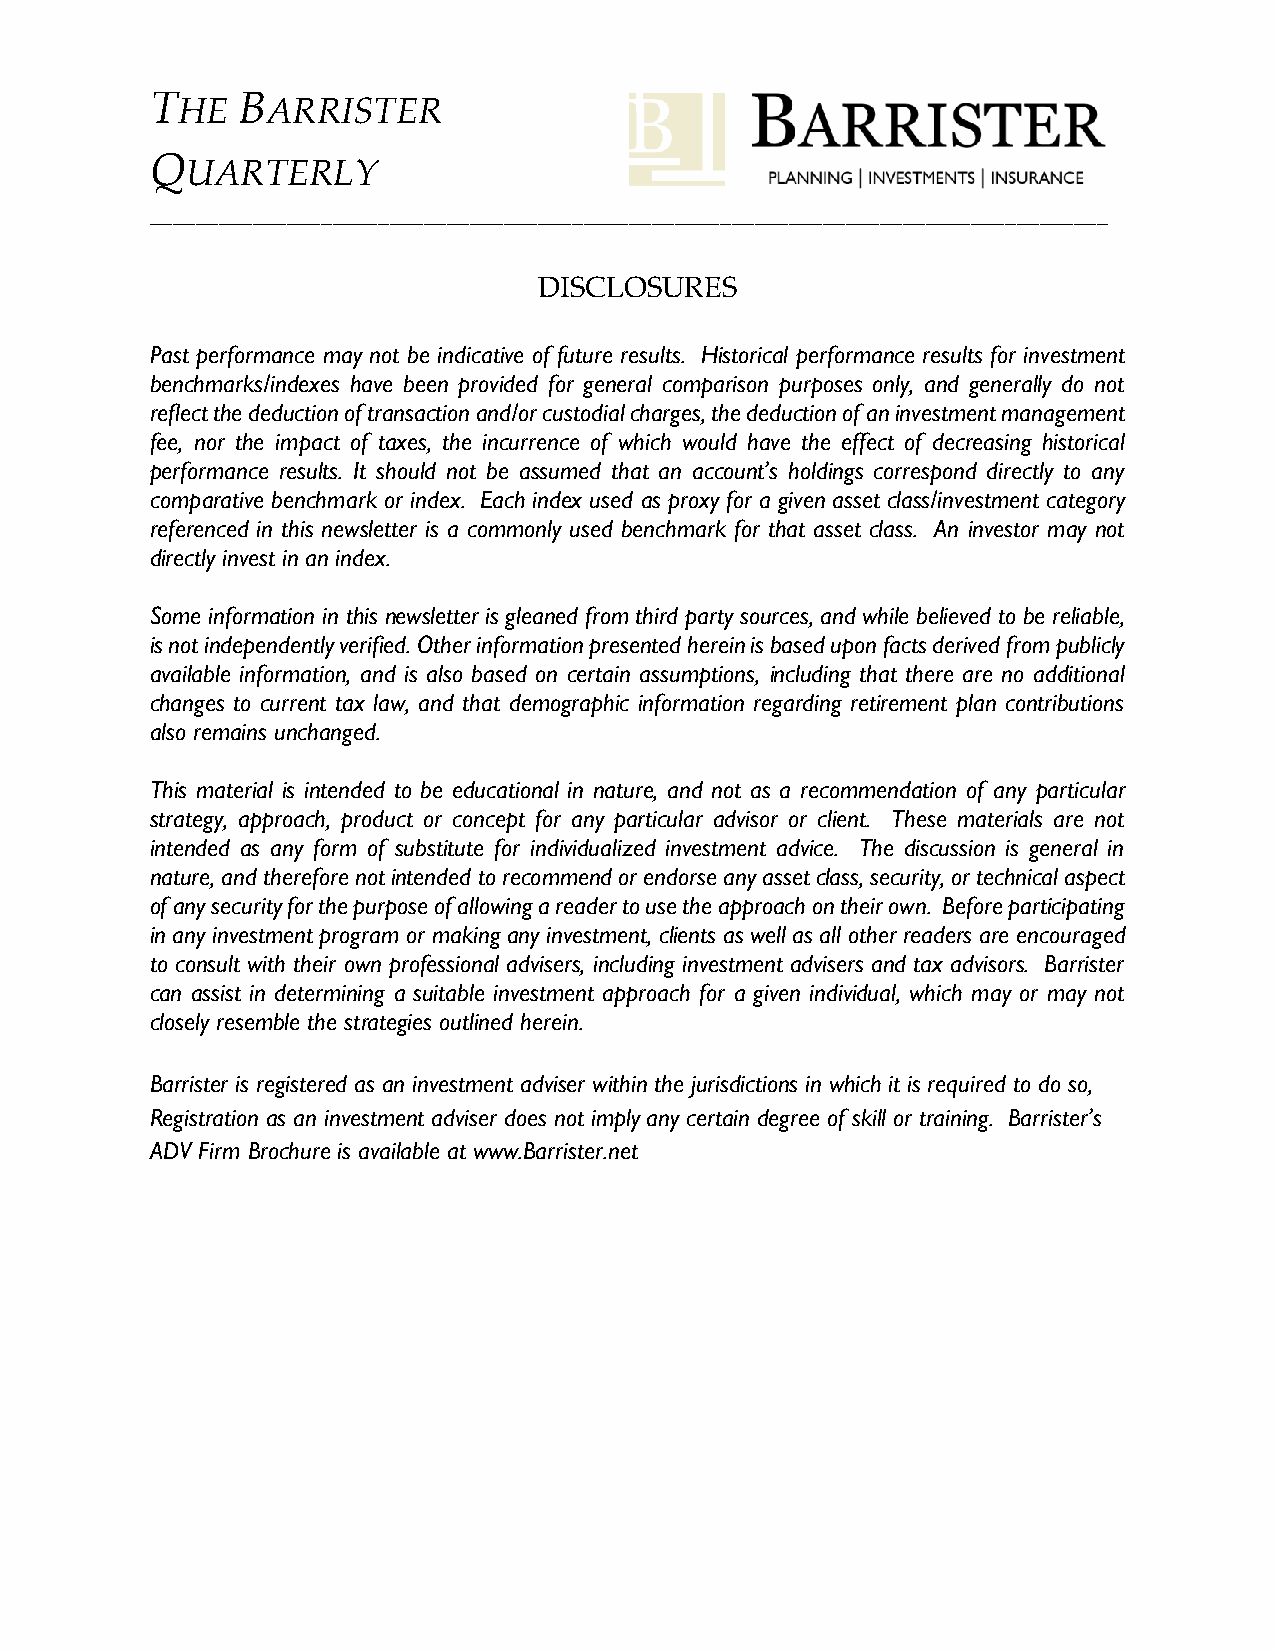
T     B
 HE    ARRISTER
 Q
 UARTERLY
 ____________________________________________________________________________________
 DISCLOSURES
 Past performance may not be indicative of future results. Historical performance results for investment
 benchmarks/indexes have been provided for general comparison purposes only, and generally do not
 reflect the deduction of transaction and/or custodial charges, the deduction of an investment management
 fee, nor the impact of taxes, the incurrence of which would have the effect of decreasing historical
 performance results. It should not be assumed that an account’s holdings correspond directly to any
 comparative benchmark or index. Each index used as proxy for a given asset class/investment category
 referenced in this newsletter is a commonly used benchmark for that asset class. An investor may not
 directly invest in an index.
 Some information in this newsletter is gleaned from third party sources, and while believed to be reliable,
 is not independently verified. Other information presented herein is based upon facts derived from publicly
 available information, and is also based on certain assumptions, including that there are no additional
 changes to current tax law, and that demographic information regarding retirement plan contributions
 also remains unchanged.
 This material is intended to be educational in nature, and not as a recommendation of any particular
 strategy, approach, product or concept for any particular advisor or client. These materials are not
 intended as any form of substitute for individualized investment advice. The discussion is general in
 nature, and therefore not intended to recommend or endorse any asset class, security, or technical aspect
 of any security for the purpose of allowing a reader to use the approach on their own. Before participating
 in any investment program or making any investment, clients as well as all other readers are encouraged
 to consult with their own professional advisers, including investment advisers and tax advisors. Barrister
 can assist in determining a suitable investment approach for a given individual, which may or may not
 closely resemble the strategies outlined herein.
 Barrister is registered as an investment adviser within the jurisdictions in which it is required to do so,
 Registration as an investment adviser does not imply any certain degree of skill or training. Barrister’s
 ADV Firm Brochure is available at www.Barrister.net